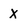
Character: x